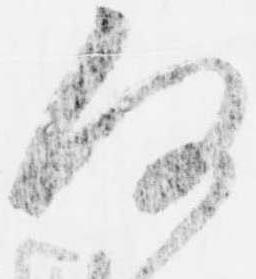
何